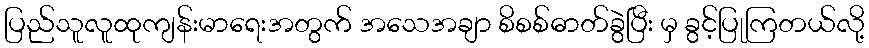
ပြည်သူလူထုကျန်းမာရေးအတွက် အသေအချာ စိစစ်ဓာတ်ခွဲပြီး မှ ခွင့်ပြုကြတယ်လို့